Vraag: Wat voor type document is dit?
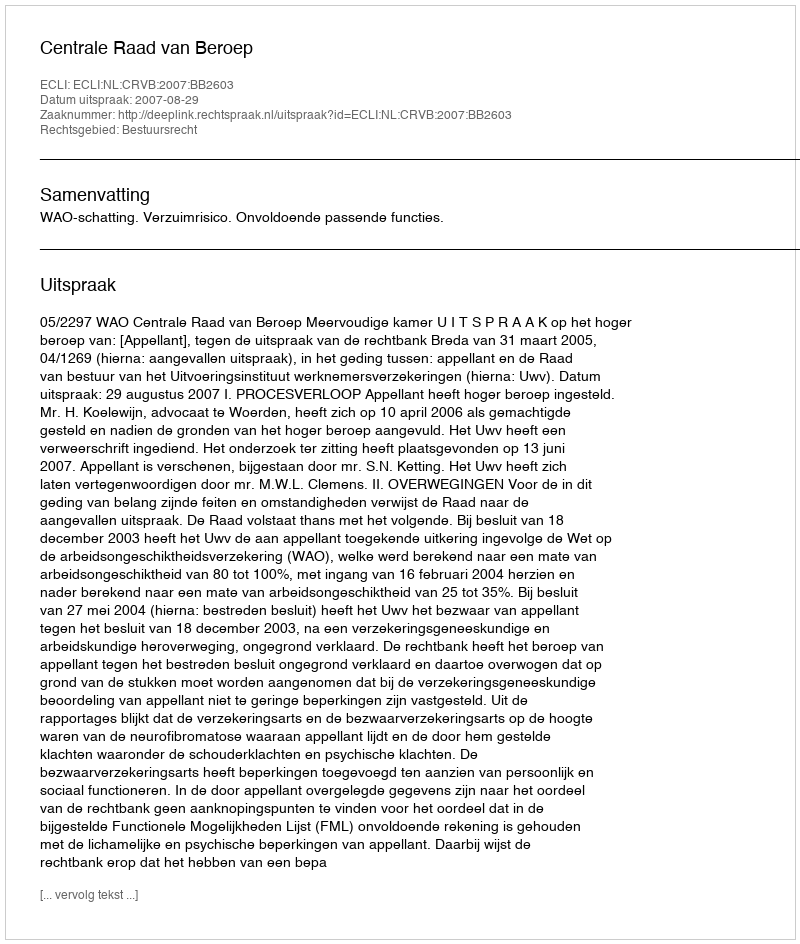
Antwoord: Uitspraak